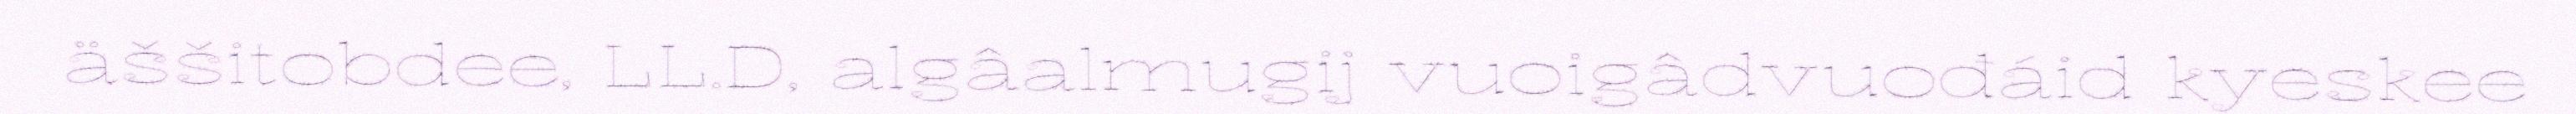
äššitobdee, LL.D, algâalmugij vuoigâdvuođáid kyeskee